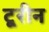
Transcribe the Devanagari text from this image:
टूरीन